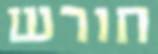
חורש